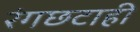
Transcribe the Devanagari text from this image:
रंगछटाही